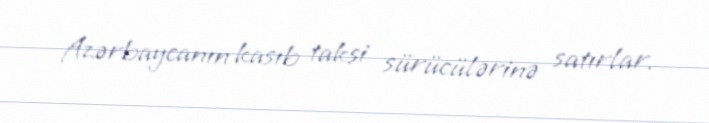
Azərbaycanın kasıb taksi sürücülərinə satırlar.